Document type: Barter
Year: 1304
Scribe: Pere Pometa
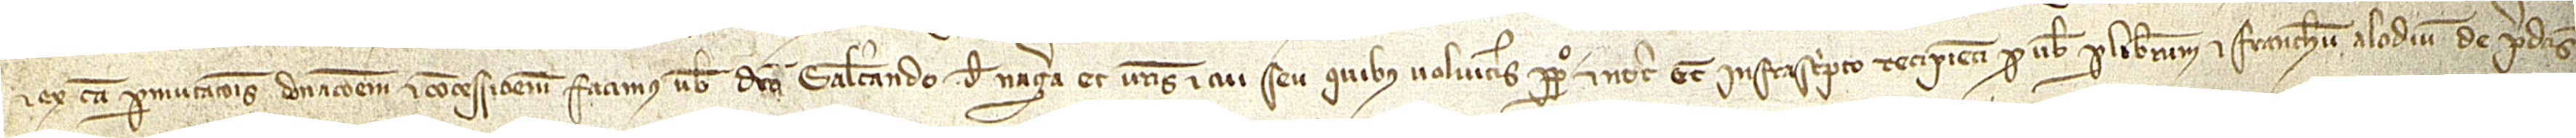
et ex causa permutacionis donacionem et concessionem facimus vobis dicto Galcerando de Nagera et vestris et cui seu quibus volueritis perpetuo et notario etiam infrascripto recipienti pro vobis per liberum et franchum alodium de predictis,